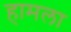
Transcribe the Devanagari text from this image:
हामला